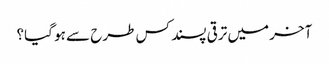
آخر میں ترقی پسند کس طرح سے ہو گیا؟